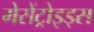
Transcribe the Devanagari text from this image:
मेसेंट्रोइड्स